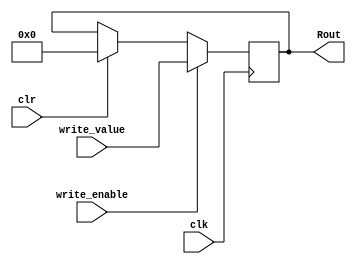
module reg32(Rout, clr, clk, write_enable, write_value);
	input clr,clk, write_enable;
	input [31:0] write_value;
	output [31:0]Rout;
	reg[31:0] Rout;

	always @ (posedge clk)begin
		if(clr) begin
			Rout = 32'h00000000;
			end
		if(write_enable) begin
			Rout = write_value;
			end
	end
endmodule